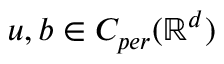
u , b \in C _ { p e r } ( \mathbb { R } ^ { d } )